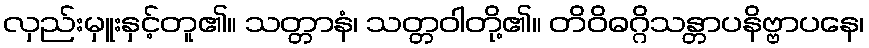
လှည်းမှူးနှင့်တူ၏။ သတ္တာနံ၊ သတ္တဝါတို့၏။ တိဝိဓဂ္ဂိသန္တာပနိဗ္ဗာပနေ၊